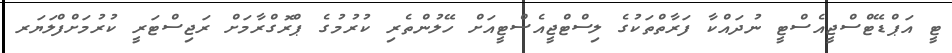
ޓީ އަޕްޑޭޓްސްޖީއެސްޓީ ނުދައްކާ ފަރާތްތަކުގެ ލިސްޓްޖީއެސްޓީއަށް ހޭލުންތެރި ކުރުމުގެ ޕްރޮގްރާމަށް ރަޖިސްޓަރީ ކުރުމަށްފްލަޔަރ